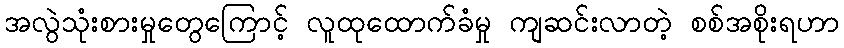
အလွဲသုံးစားမှုတွေကြောင့် လူထုထောက်ခံမှု ကျဆင်းလာတဲ့ စစ်အစိုးရဟာ